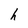
Character: h